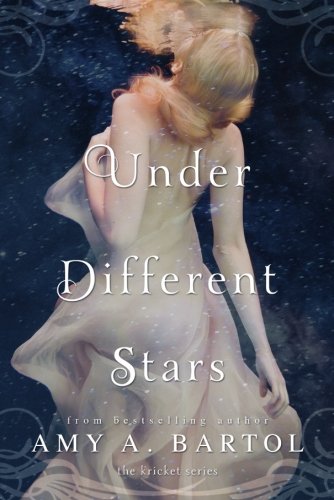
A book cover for Under Different Stars (The Kricket Series); Amy A. Bartol; Science Fiction & Fantasy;